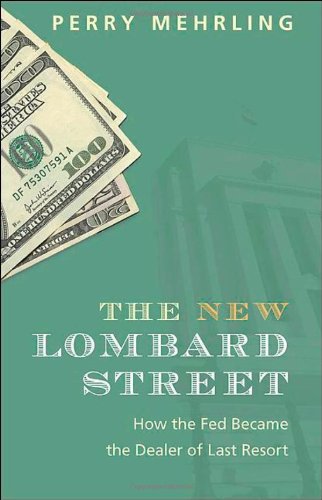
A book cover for The New Lombard Street: How the Fed Became the Dealer of Last Resort; Perry Mehrling; Business & Money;